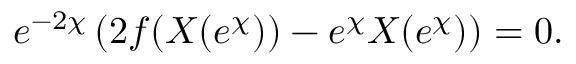
e ^ { - 2 \chi } \left( 2 f ( X ( e ^ { \chi } ) ) - e ^ { \chi } X ( e ^ { \chi } ) \right) = 0 .